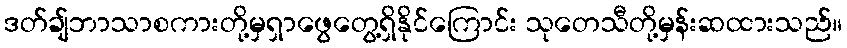
ဒတ်ချ်ဘာသာစကားတို့မှရှာဖွေတွေ့ရှိနိုင်ကြောင်း သုတေသီတို့မှန်းဆထားသည်။